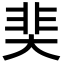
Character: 奜